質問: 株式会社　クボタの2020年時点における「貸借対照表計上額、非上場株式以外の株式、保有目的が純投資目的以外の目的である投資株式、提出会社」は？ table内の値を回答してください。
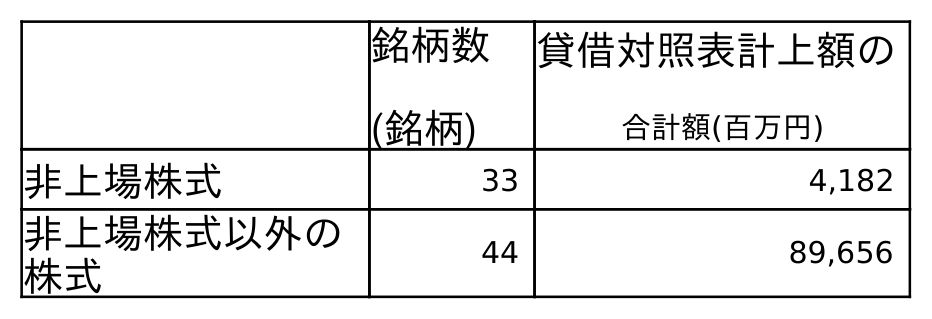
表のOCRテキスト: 銘柄数 (銘柄) 貸借対照表計上額の 合計額(百万円) 非上場株式 33 4,182 非上場株式以外の 株式 44 89,656
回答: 89,656